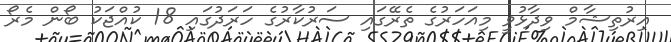
އިރުތިޝާމް ވިދާޅުވީ މިއަހަރުގެ ތެރޭގައި ސަރުކާރުގެ ހަރަދުގައި 18 ކުއްޖަކު ބޯން މެރޯ